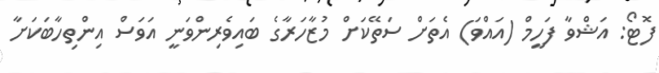
ފޮޓޯ: އަޝްވާ ފަހީމް (އައްވަ) އެތަށް ސަތޭކަށް މުޒާހަރާގެ ބައިވެރިންވަނީ އަވަސް އިންތިހާބަކަށާ